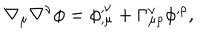
\nabla _ { \mu } \nabla ^ { \nu } \phi = \phi _ { , \mu } ^ { , \nu } + \Gamma _ { \mu \rho } ^ { \nu } \phi ^ { , \rho } ,